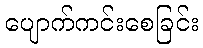
ပျောက်ကင်းစေခြင်း